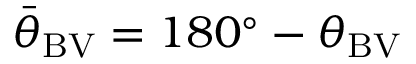
{ \bar { \theta } } _ { \mathrm { B V } } = 1 8 0 ^ { \circ } - \theta _ { \mathrm { B V } }